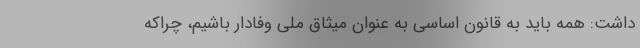
داشت: همه باید به قانون اساسی به عنوان میثاق ملی وفادار باشیم، چراکه